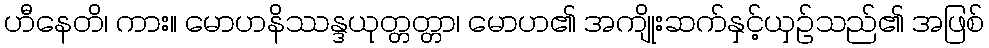
ဟီနေတိ၊ ကား။ မောဟနိဿန္ဒယုတ္တတ္တာ၊ မောဟ၏ အကျိုးဆက်နှင့်ယှဉ်သည်၏ အဖြစ်